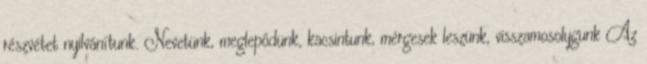
részvétet nyilvánítunk. Nevetünk, meglepődünk, kacsintunk, mérgesek leszünk, visszamosolygunk Az